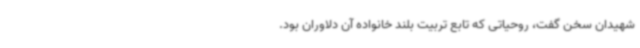
شهیدان سخن گفت، روحیاتی که تابع تربیت بلند خانواده آن دلاوران بود.